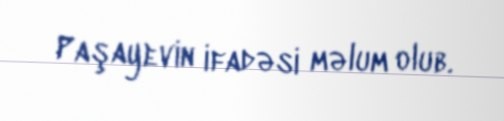
Paşayevin ifadəsi məlum olub.